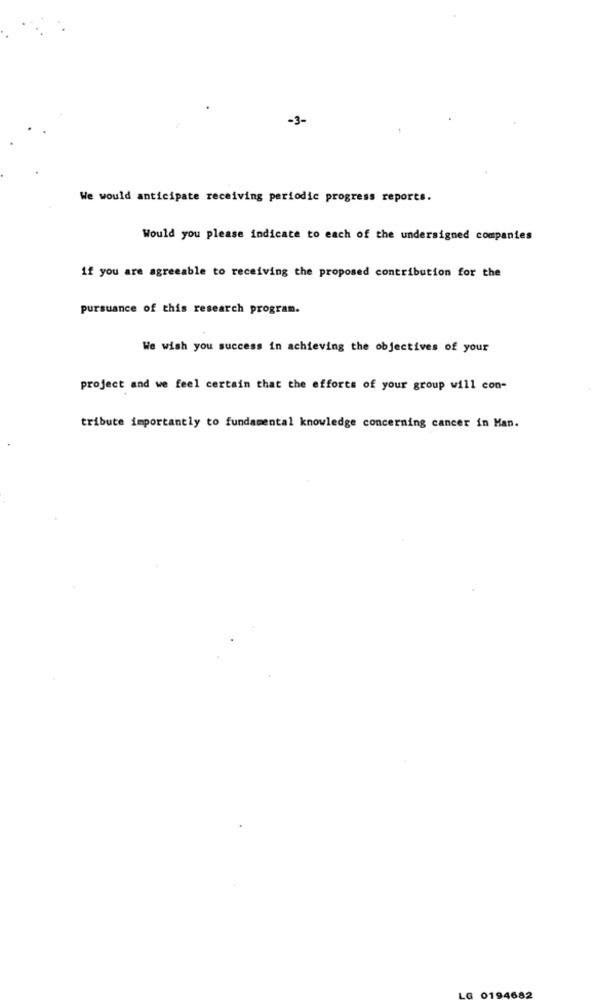
-3-
We would anticipate receiving periodic progress reports.
Would you please indicate to each of the undersigned companies
if you are agreeable to receiving the proposed contribution for the
pursuance of this research program.
We wish you success in achieving the objectives of your
project and we feel certain that the efforts of your group will con-
tribute importantly to fundamental knowledge concerning cancer in Man.